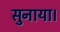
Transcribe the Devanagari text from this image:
सुनाया।